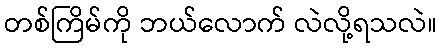
တစ်ကြိမ်ကို ဘယ်လောက် လဲလို့ရသလဲ။